Problem: 4 - 4 = ?
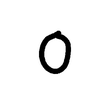
Handwritten answer: 0